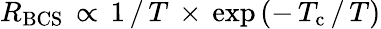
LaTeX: R_{\mathrm{BCS}}\, \propto\, 1\, /\, T\, \times\, \mathrm{exp}\, (-\, T_{\mathrm{c}}\, /\, T)